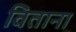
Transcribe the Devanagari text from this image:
विताना